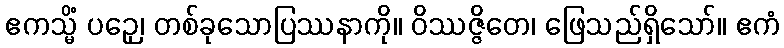
ဧကသ္မိံ ပဉှေ၊ တစ်ခုသောပြဿနာကို။ ဝိဿဇ္ဇိတေ၊ ဖြေသည်ရှိသော်။ ဧကံ